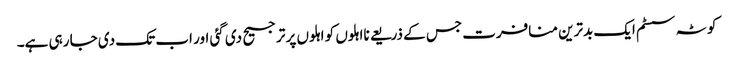
کوٹہ سسٹم ایک بدترین منافرت جس کے ذریعے نااہلوں کو اہلوں پر ترجیح دی گئی اور اب تک دی جا رہی ہے۔